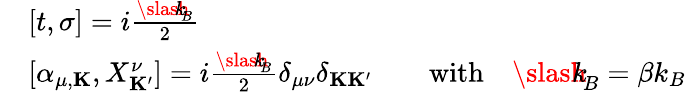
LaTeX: \begin{array}{rl}&{[t,\sigma]=i\frac{{\slash\! \! \! k}_{\! {B}}}{2}}\\ &{[\alpha_{\mu,{\mathbf K}},X_{\mathbf K^{\prime}}^{\nu}]=i\frac{{\slash\! \! \! k}_{\! {B}}}{2}\delta_{\mu\nu}\delta_{{\mathbf K}{\mathbf K^{\prime}}}\qquad\mathrm{with}\quad{\slash\! \! \! k}_{\! {B}}=\beta k_{B}}\end{array}